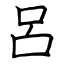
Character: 呂